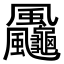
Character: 𩙠